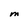
Character: M